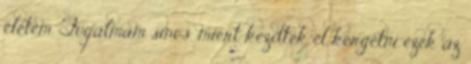
életem. Fogalmam sincs, miért kezdtek el kergetni ezek az